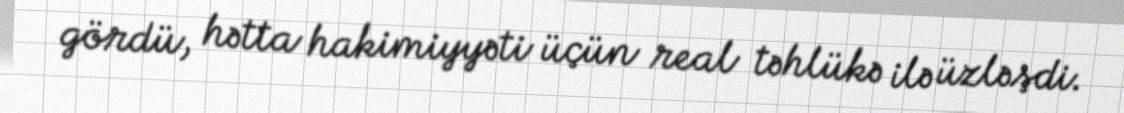
gördü, hətta hakimiyyəti üçün real təhlükə ilə üzləşdi.